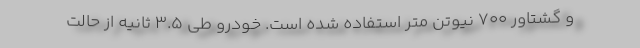
و گشتاور 700 نیوتن متر استفاده شده است. خودرو طی 3.5 ثانیه از حالت